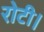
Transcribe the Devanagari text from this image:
रोटी।